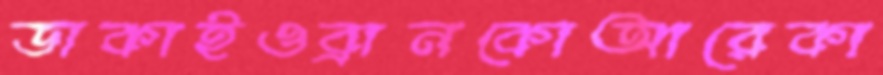
ডাকাইওব্রানকোআরেকা